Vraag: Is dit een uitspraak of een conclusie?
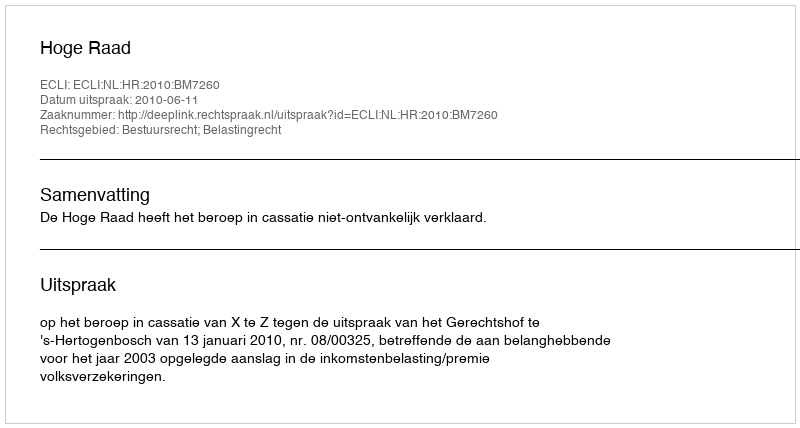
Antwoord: Uitspraak